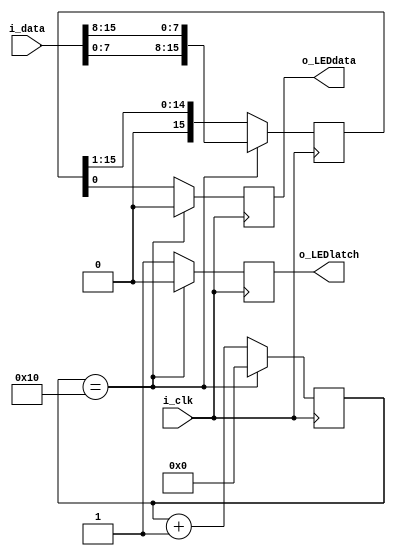
`timescale 1ns / 1ps

module LED_Driver(
	input [15:0] i_data ,
	input i_clk,
	output reg o_LEDdata,
	output reg o_LEDlatch
	);
	
	reg[15:0] temp ;
	reg[4:0] i;
	initial 
	begin
		i = 5'b00000;
		o_LEDlatch = 1'b1;
		temp = 16'b0;
	end

		
	always @(negedge i_clk)
	begin
		temp <= {i_data[7:0],i_data[15:8]};
		
		if(i==16)
		begin
			//i_enable = 1'b0;
			i = 0;			
			o_LEDlatch = 1'b0;
			o_LEDdata <=1'b 0;
		end	
		//if ( i < 16)
		else
		begin
			i = i+1;
			//i_enable = 1'b1;
			o_LEDdata <= temp[0];
			temp <= temp >> 1;			
			o_LEDlatch = 1'b1;			
		end		
	end
endmodule